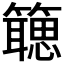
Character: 𬕻